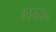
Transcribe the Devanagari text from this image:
१२२३५